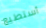
أستطيع